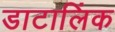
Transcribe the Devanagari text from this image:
डाटालिंक